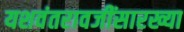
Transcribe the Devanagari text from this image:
यशवंतरावजींसारख्या